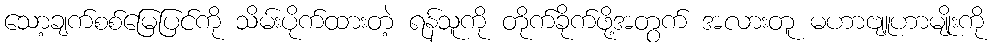
သော့ချက်စစ်မြေပြင်ကို သိမ်းပိုက်ထားတဲ့ ရန်သူကို တိုက်ခိုက်ဖို့အတွက် အလားတူ မဟာဗျူဟာမျိုးကို